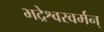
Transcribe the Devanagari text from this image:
भद्रेश्वरवर्मन्